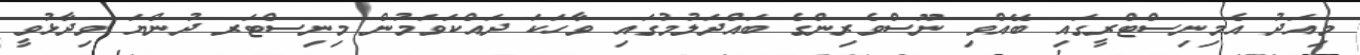
މިއަދު އެމިނިސްޓްރީގައި ބޭއްވި ނޫސްވެރިންގެ ބައްދަލުުމުގައި ވާހަކަ ދައްކަވަމުން މިނިސްޓަރ ދުންޔަ ވިދާޅުވީ